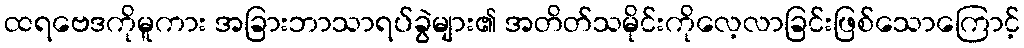
ထရဗေဒကိုမူကား အခြားဘာသာရပ်ခွဲများ၏ အတိတ်သမိုင်းကိုလေ့လာခြင်းဖြစ်သောကြောင့်